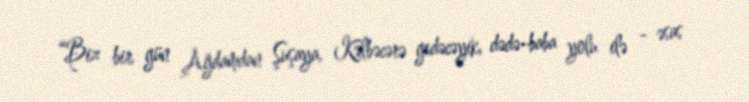
“Biz bir gün Ağdamdan Şuşaya, Kəlbəcərə gedəcəyik, dədə-baba yolu ilə - əsas